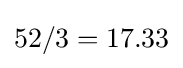
52/3=17.33